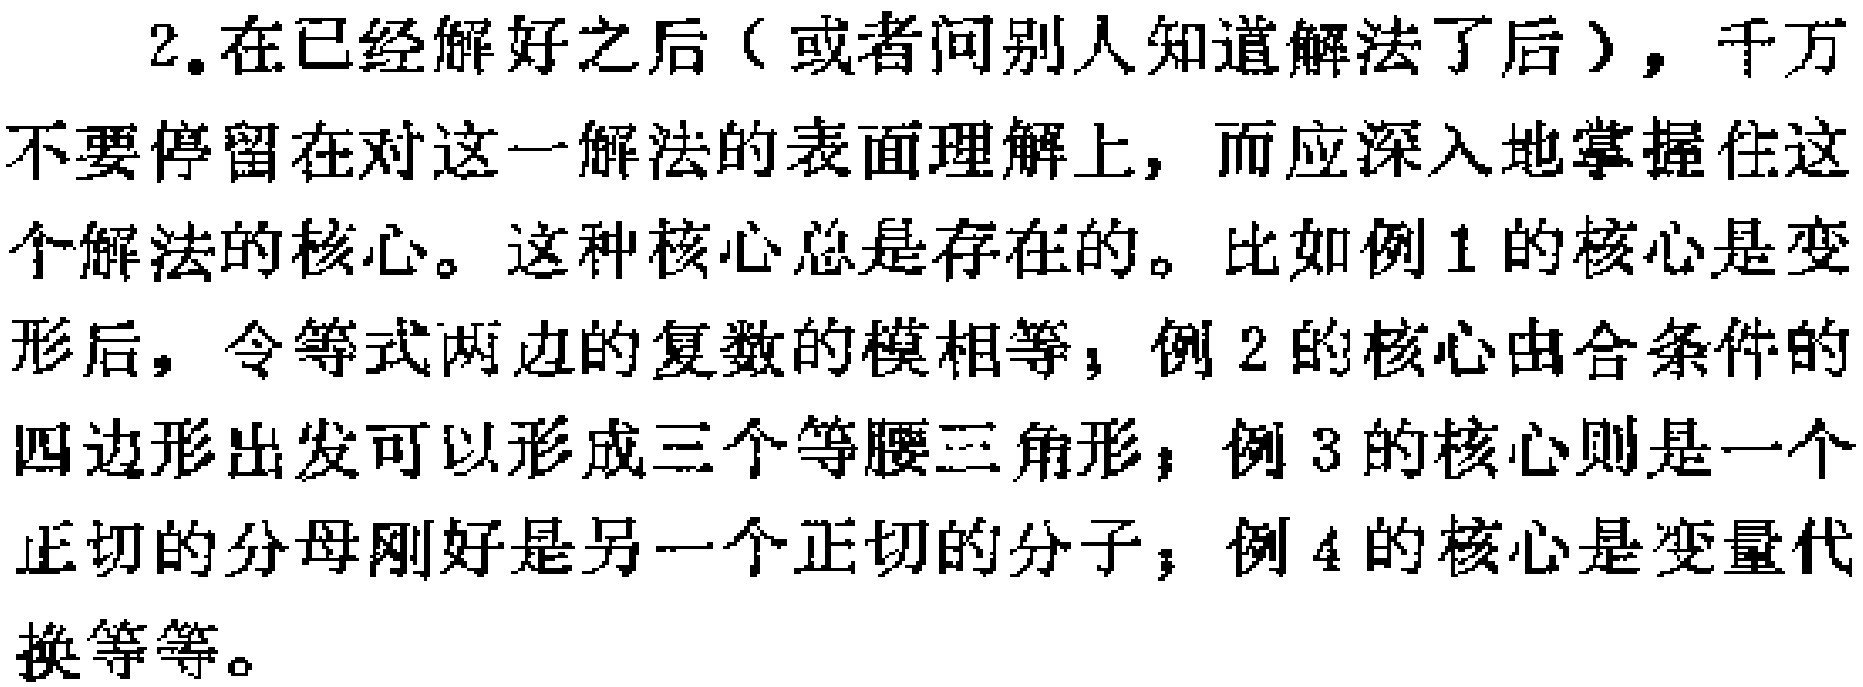
2.在已经解好之后（或者问别人知道解法了后），千万不要停留在对这一解法的表面理解上，而应深入地掌握住这个解法的核心。这种核心总是存在的。比如例1的核心是变形后，令等式两边的复数的模相等；例2的核心由合条件的四边形出发可以形成三个等腰三角形；例3的核心则是一个正切的分母刚好是另一个正切的分子；例4的核心是变量代换等等。